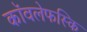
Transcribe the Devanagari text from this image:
कॉवलेफस्कि